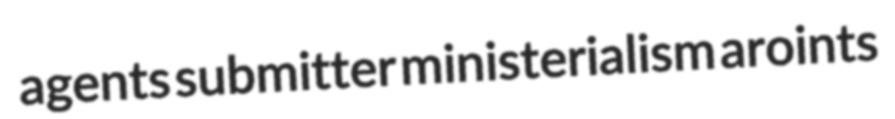
agents submitter ministerialism aroints